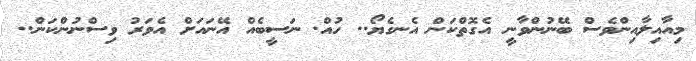
މިއާއިލާއިންވެސް ބޭނުންވާނީ އެގޮތްކަން އެނގެޔޯ.. ހުއް. ނަސީބެއް އޭނައަށް އެވަރު ވިސްނުންކަން..